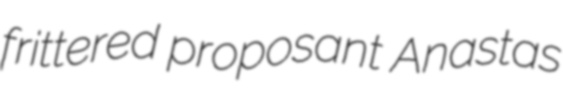
frittered proposant Anastas